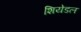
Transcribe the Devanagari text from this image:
शियेडल